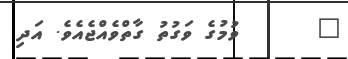
١      ވުމުގެ ވަގުތު ގާތްވެއްޖެއެވެ. އަދި